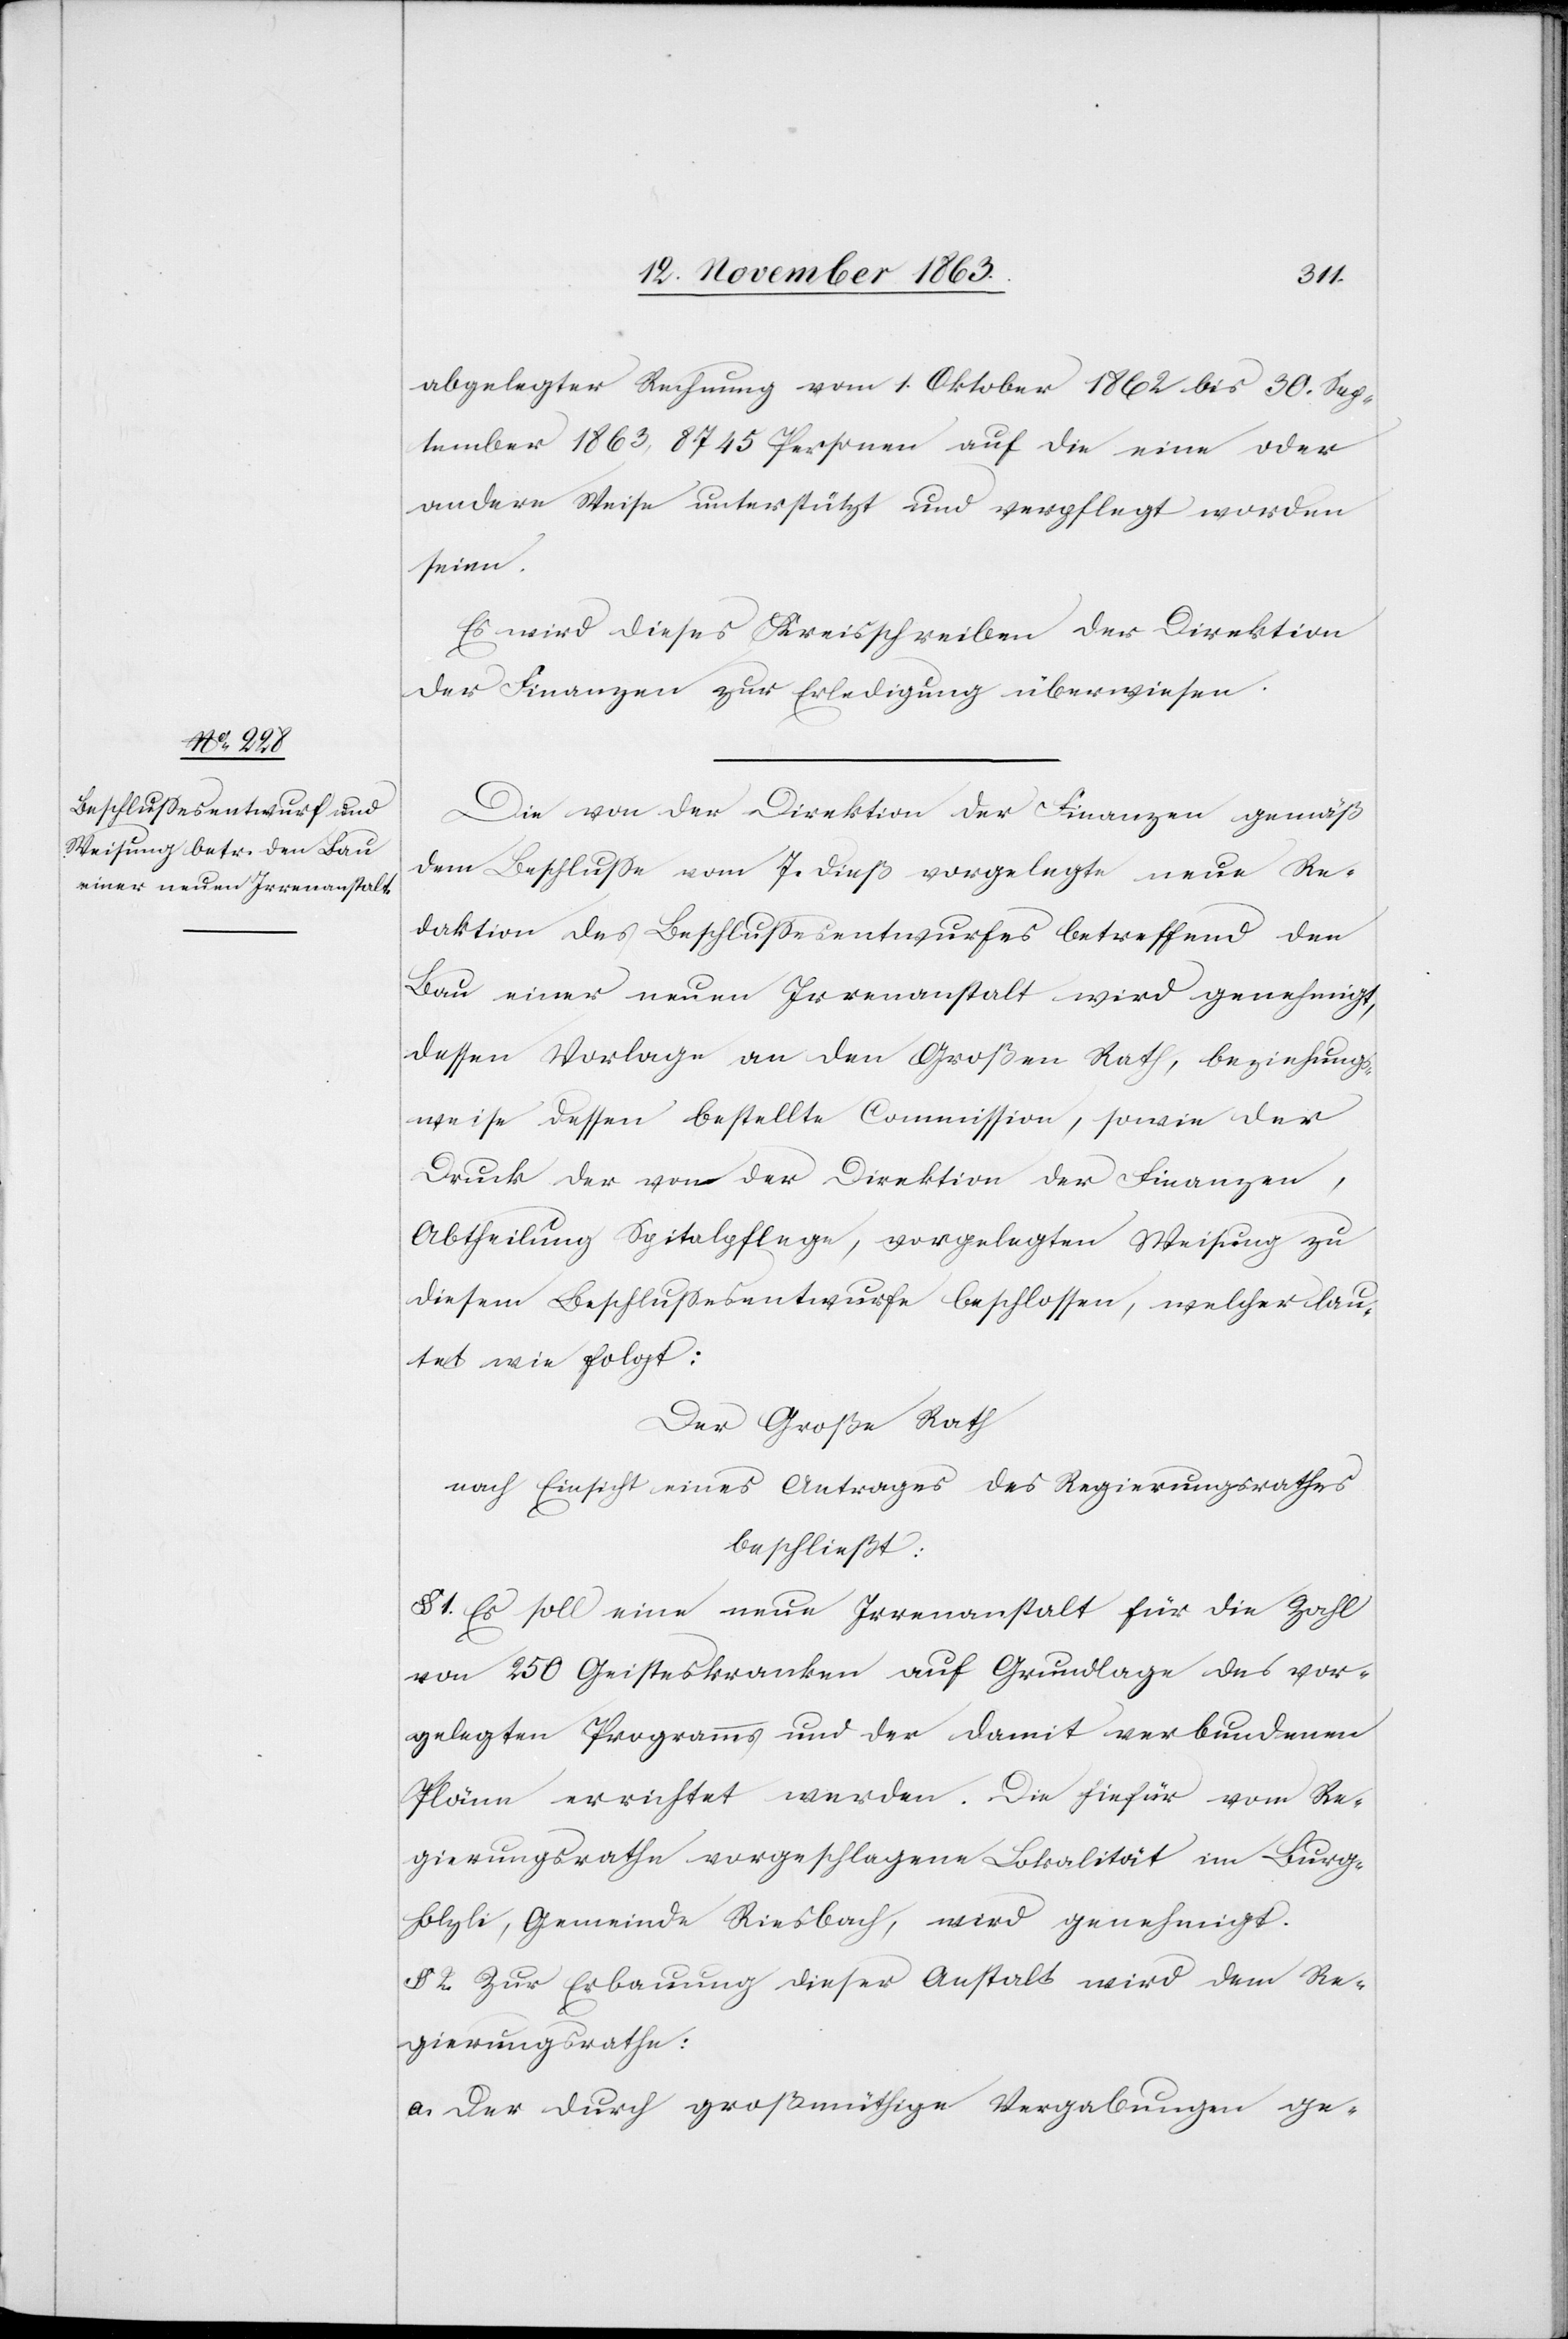
abgelegter Rechnung vom 1. Oktober 1862 bis 30. Sep¬
tember 1863, 8745 Personen auf die eine oder
andere Weise unterstützt und verpflegt worden
seien.
Es wird dieses Kreisschreiben der Direktion
der Finanzen zur Erledigung überwiesen.
Die von der Direktion der Finanzen gemäß
dem Beschlusse vom 7. dieß vorgelegte neue Re¬
daktion des Beschlussesentwurfes betreffend den
Bau einer neuen Irrenanstalt wird genehmigt,
dessen Vorlage an den Großen Rath, beziehungs¬
weise dessen bestellte Commission, sowie der
Druck der von der Direktion der Finanzen,
Abtheilung Spitalpflege, vorgelegten Weisung zu
diesem Beschlussesentwurfe beschlossen, welcher lau¬
tet wie folgt:
Der Große Rath
nach Einsicht eines Antrages des Regierungsrathes
beschließt:
§ 1. Es soll eine neue Irrenanstalt für die Zahl
von 250 Geisteskranken auf Grundlage des vor¬
gelegten Programms und der damit verbundenen
Pläne errichtet werden. Die hiefür vom Re¬
gierungsrathe vorgeschlagene Lokalität im Burg¬
holzli, Gemeinde Riesbach, wird genehmigt.
§ 2. Zur Erbauung dieser Anstalt wird dem Re¬
gierungsrathe:
a. Der durch großmüthige Vergabungen ge-